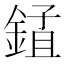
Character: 𨨃